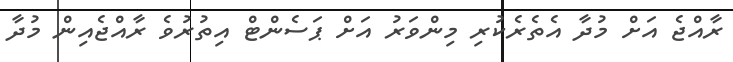
ރާއްޖެ އަށް މުދާ އެތެރެކުރި މިންވަރު އަށް ޕަސެންޓް އިތުރުވެ ރާއްޖެއިން މުދާ